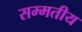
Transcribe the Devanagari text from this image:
सम्मतीय